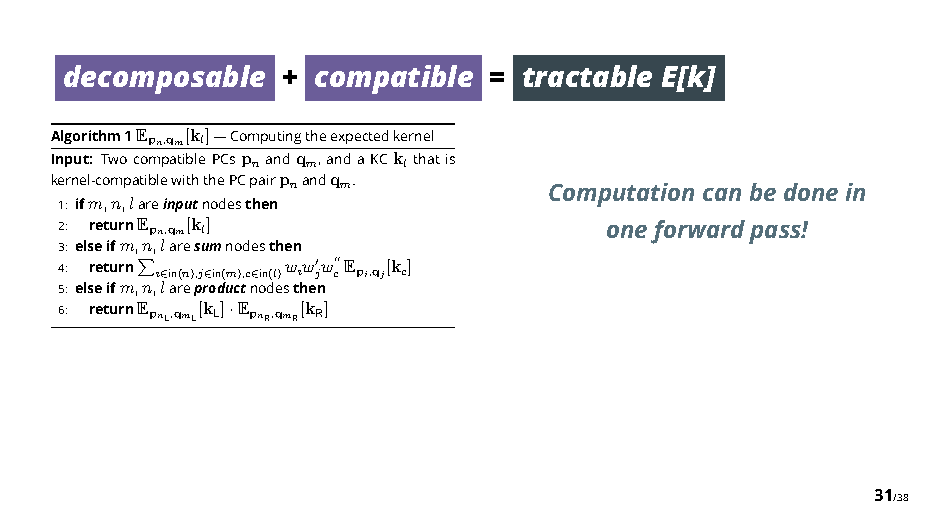
decomposable   + compatible =  tractable E[k]
 Algorithm1Epn,qm[k l]—Computingtheexpectedkernel
 Input: TwocompatiblePCsp nandq m,andaKCk l thatis
 kernel-compatiblewiththePCpairp nandq m.
 Computationcanbedonein
 1: ifm,n,lareinputnodesthen
 2: returnEpn,qm[k l]                oneforwardpass!
 3: elseifm,n,laresumnodesthen
 4: return i in(n),j in(m),c in(l)w iw j"w c""Epi,qj[k c]
 5:
 elseifm,n,∈larepr∈ oductn∈
 odesthen
 $
 6: returnEpnL,qmL[k L] ·EpnR,qmR[k R]
 31/38